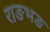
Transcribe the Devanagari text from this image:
राङभङ